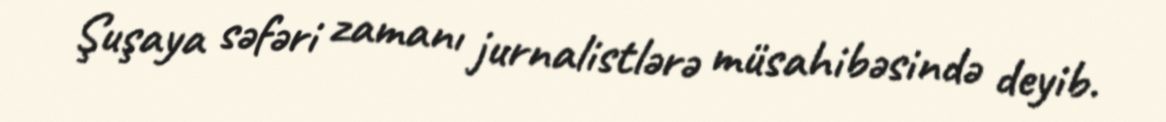
Şuşaya səfəri zamanı jurnalistlərə müsahibəsində deyib.